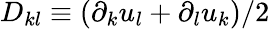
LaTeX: D_{kl}\equiv(\partial_{k}u_{l}+\partial_{l}u_{k})/2